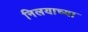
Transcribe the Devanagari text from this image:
निलयाच्या